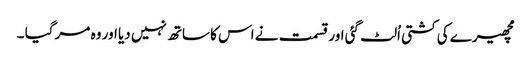
مچھیرے کی کشتی اُلٹ گئی اور قسمت نے اس کا ساتھ نہیں دیا اور وہ مر گیا ۔